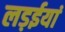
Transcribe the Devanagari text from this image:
लड़ईयां